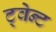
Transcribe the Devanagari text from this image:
ट्वेन्ट